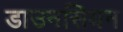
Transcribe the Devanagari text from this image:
डाउनसियन